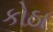
કોઠા